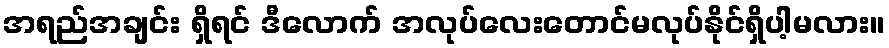
အရည်အချင်း ရှိရင် ဒီလောက် အလုပ်လေးတောင်မလုပ်နိုင်ရှိပါ့မလား။